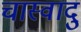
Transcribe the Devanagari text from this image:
चास्वादु